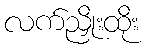
လက်ညှိုးထိုး